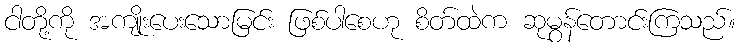
ငါတို့ကို အကျိုးပေးသောမြင်း ဖြစ်ပါစေဟု စိတ်ထဲက ဆုမွန်တောင်းကြသည်။